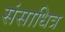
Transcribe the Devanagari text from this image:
संसाधित्र